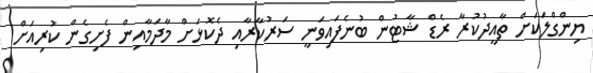
ޔިންގްލަކަށް ތާއީދުކުރާ ރެޑް ޝާޓުން ބުނެފައިވަނީ ސަރުކާރާއި ދެކޮޅަށް މާދަމާއިން ފެށިގެން ކުރިއަށް